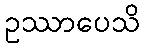
ဥဿာပေသိ